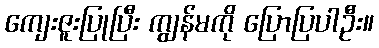
ကျေးဇူးပြုပြီး ကျွန်မကို ပြောပြပါဦး။